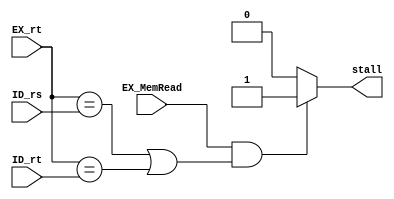
module hdu(EX_MemRead, EX_rt, ID_rs, ID_rt, stall);
	input			EX_MemRead;
	input	[4:0]	EX_rt;
	input	[4:0]	ID_rs;
	input	[4:0]	ID_rt;

	output 			stall;

	assign stall = (EX_MemRead && ((EX_rt == ID_rs) || (EX_rt == ID_rt)))? 1 : 0;
endmodule

module br_hdu(Branch, EX_RegWrite, EX_wreg, MEM_MemRead, MEM_wreg, ID_rs, ID_rt, stall);
	input			Branch;
	input			EX_RegWrite;
	input			MEM_MemRead;
	input	[4:0]	EX_wreg;
	input	[4:0]	MEM_wreg;
	input	[4:0]	ID_rs;
	input	[4:0]	ID_rt;

	output 			stall;

	assign stall = Branch && ( (EX_RegWrite && ((EX_wreg == ID_rs) || (EX_wreg == ID_rt))) || 
							   (MEM_MemRead && ((MEM_wreg == ID_rs) || (MEM_wreg == ID_rt))) ) ? 1 : 0;
endmodule